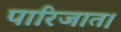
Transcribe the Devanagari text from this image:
पारिजात।